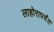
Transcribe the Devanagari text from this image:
लाहोरापर्यंत